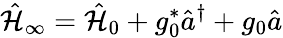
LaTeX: \hat{\mathcal{H}}_{\infty}=\hat{\mathcal{H}}_{0}+g_{0}^{*}\hat{a}^{\dagger}+g_{0}\hat{a}